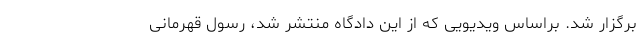
برگزار شد. براساس ویدیویی که از این دادگاه منتشر شد، رسول قهرمانی